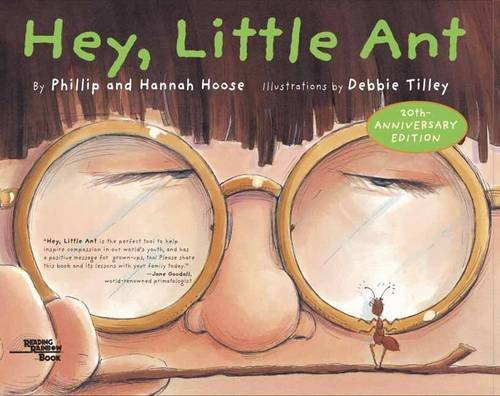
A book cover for Hey, Little Ant; Phillip M. Hoose; Children's Books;